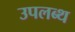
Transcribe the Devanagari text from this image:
उपलब्थ